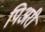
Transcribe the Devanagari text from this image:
पिअरी